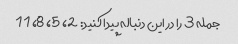
جمله 3 را در این دنباله پیدا کنید: 2، 5، 8، 11